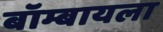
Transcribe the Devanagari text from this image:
बॉम्बायला